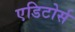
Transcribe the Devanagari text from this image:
एडिटोर्स